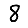
Digit: 8